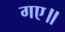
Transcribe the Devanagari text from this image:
गए॥